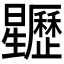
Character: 𣌜